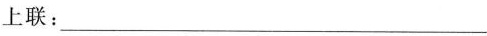
上联：___